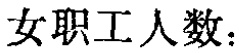
女职工人数：